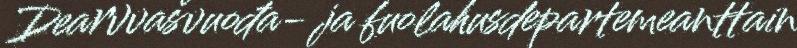
Dearvvašvuođa- ja fuolahusdepartemeanttain